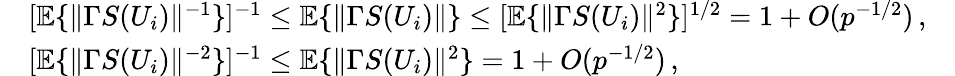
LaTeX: \begin{array}{rlr}&{[{\mathbb{E}}\{ \| \Gamma S(U_{i})\| ^{-1}\} ]^{-1}\leq{\mathbb{E}}\{ \| \Gamma S(U_{i})\| \} \leq[{\mathbb{E}}\{ \| \Gamma S(U_{i})\| ^{2}\} ]^{1/2}=1+O(p^{-1/2})\, ,}&\\ &{[{\mathbb{E}}\{ \| \Gamma S(U_{i})\| ^{-2}\} ]^{-1}\leq{\mathbb{E}}\{ \| \Gamma S(U_{i})\| ^{2}\} =1+O(p^{-1/2})\, ,}&\end{array}